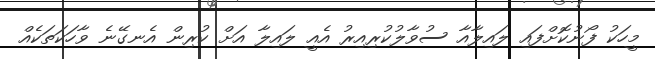
މީހަކު ފޯނުކޮށްފައި ލައިލާއާ ސުވާލުކުރިއިރު އެއީ ލައިލާ އަށް ކުރިން އެނގޭނެ ވާހަކަތަކެއް